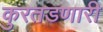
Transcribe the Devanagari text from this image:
कुरतडणारी